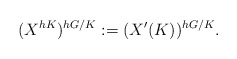
\begin{align*}(X^{hK})^{hG/K}:=(X'(K))^{hG/K}.\end{align*}